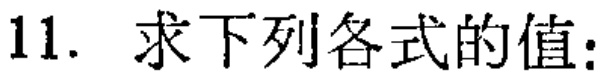
11. 求下列各式的值: